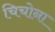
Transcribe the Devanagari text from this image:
चिचोना